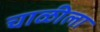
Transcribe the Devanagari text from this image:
चाळीला